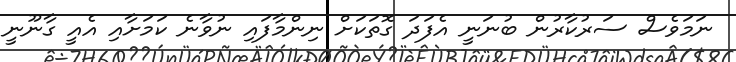
ނަމަވެސް ސަރުކާރުން ބުނަނީ އެފަދަ ގޮތަކަށް ނިންމާފައި ނުވާނެ ކަމަށާއި އެއީ ގާނޫނީ